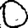
Digit: 0